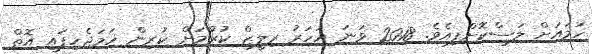
ހަމައަށް ލަސްކޮށްފިއެވެ. 2018 ވަނަ އަހަރު ރިލީޒް ކުރުމަށް ކުރިން ހަމަޖެހިފައި އޮތް